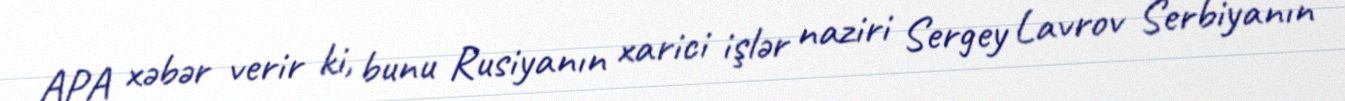
APA xəbər verir ki, bunu Rusiyanın xarici işlər naziri Sergey Lavrov Serbiyanın